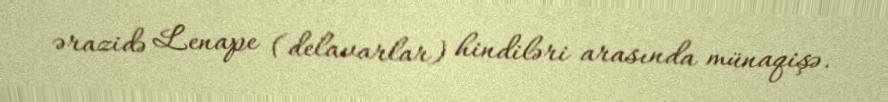
ərazidə Lenape (delavarlar) hindiləri arasında münaqişə.